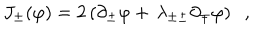
LaTeX: J _ { \pm } ( \varphi ) = 2 \left( \partial _ { \pm } \varphi + \, \lambda _ { \pm \pm } \partial _ { \mp } \varphi \right) \; \; ,